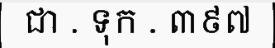
ជា . ទុក . ៣៩៧